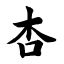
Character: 杏